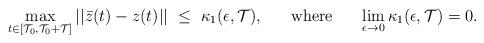
LaTeX: \begin{align*}\max_{t\in [\mathcal{T}_0 , \mathcal{T}_0 + \mathcal{T}]}||\bar z(t)- z(t)||\ \leq \ \kappa_1 (\epsilon , \mathcal{T}), \ \ \ \ \ {\rm where} \ \ \ \ \ \lim_{\epsilon\rightarrow 0}\kappa_1 (\epsilon , \mathcal{T}) = 0.\end{align*}